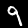
Label: 9